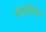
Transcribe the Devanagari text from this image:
होडीनेच